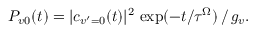
\begin{array} { r } { P _ { v 0 } ( t ) = | c _ { v ^ { \prime } = 0 } ( t ) | ^ { 2 } \, \exp ( - t / \tau ^ { \Omega } ) \, / \, g _ { v } . } \end{array}